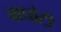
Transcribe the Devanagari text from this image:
वाघोटी